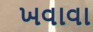
ખવાવા